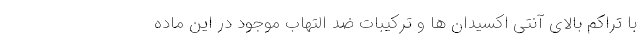
با تراکم بالای آنتی اکسیدان ها و ترکیبات ضد التهاب موجود در این ماده